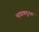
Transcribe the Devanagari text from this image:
भावाकडूनच